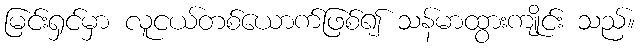
မြင်းရှင်မှာ လူငယ်တစ်ယောက်ဖြစ်၍ သန်မာထွားကျိုင်း သည်။